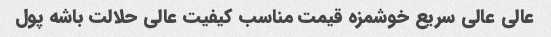
عالی عالی سریع خوشمزه قیمت مناسب کیفیت عالی حلالت باشه پول